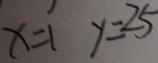
x = 1 y = 2 5